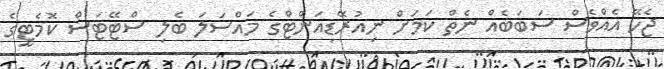
ޖެހޭ އެއްވެސް ސަބަބެއް ނެތް ކަމަށް ނިއުރޭޑިއަންޓްގެ މައްސަލަ ބެލި ސްޓޭޓަސް ކޮމެޓީގެ